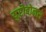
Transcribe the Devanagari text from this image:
युरोबोनस